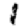
Digit: 1